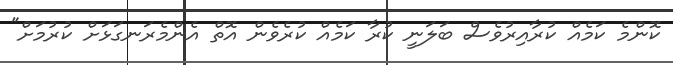
ކޮންމެ ކަމެއް ކުރާއިރުވެސް ބަލަނީ ކުރާ ކަމެއް ކުރެވެން އޮތް އެންމެރަނގަޅަށް ކުރުމަށް"